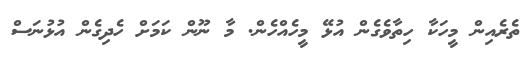
ތެރެއިން މީހަކާ ހިތާވެގެން އުޅޭ މީހެއްހެން. މާ ނޫން ކަމަށް ހެދިގެން އުޅުނަސް